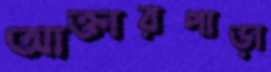
আক্তারপাড়া